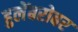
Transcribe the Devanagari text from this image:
हुलेंबरोबर